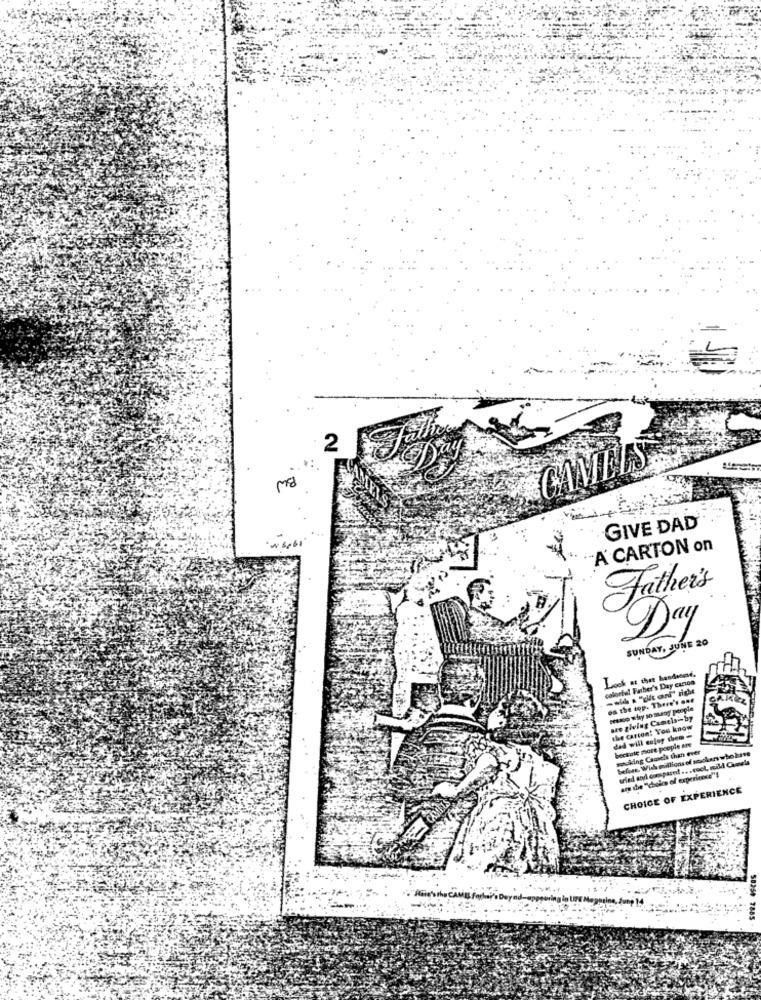
2
mg
GIVE DAD
A CARTON on
Father's
Day
SUNDAY, JUNE 20
colorte! Father's Day canton
oa the top. There's one
Nawo why so many people
see giving Camels-by
the carton! You know
bectate more people are
dad will cofor them -
sonoking Caorle than ever
belost. Wish millions of sockers whokate
uled and coespared ... cook, mild Camels
are the ""choice of experience"!
CHOICE OF EXPERIENCE
58259 7885